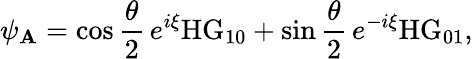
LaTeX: \psi_{\mathbf{A}}=\cos{\frac{{\theta}}{{2}}}\, e^{i\xi}\mathrm{{HG}}_{10}+\sin{\frac{{\theta}}{{2}}}\, e^{-i\xi}\mathrm{{HG}}_{01},